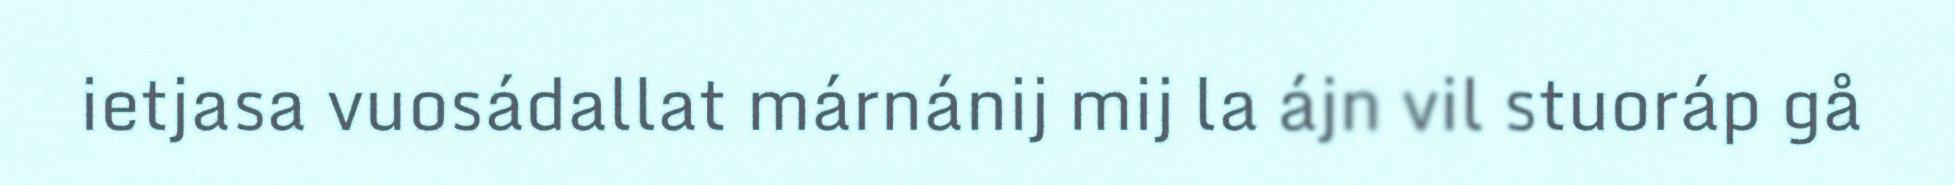
ietjasa vuosádallat márnánij mij la ájn vil stuoráp gå